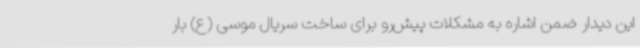
این دیدار ضمن اشاره به مشکلات پیش‌رو برای ساخت سریال موسی (ع) بار